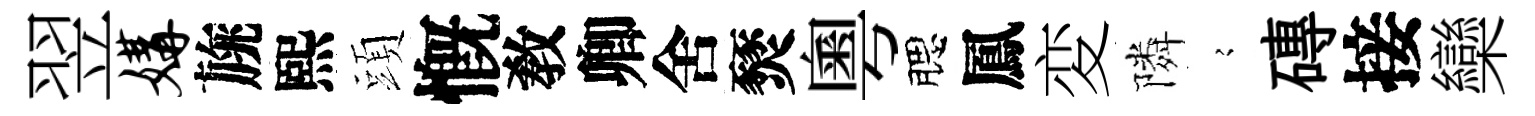
翌媾旐熙頭慨敎卿舍燹粵腮鳳変隣𡪹磚接欒